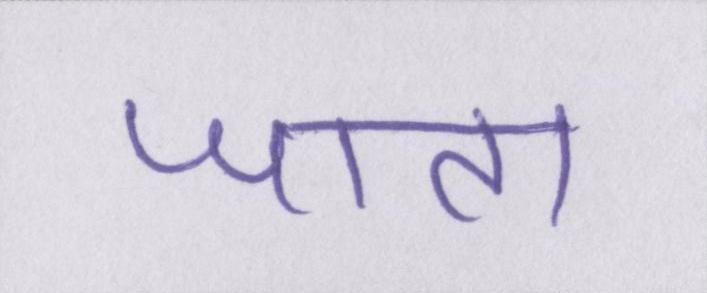
जाता।